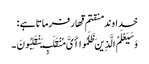
خداوند منقتم قهار فرماتا ہے :
وَسَیَعْلَمُ الَّذِینَ ظَلَمُوا أَیَّ مُنْقَلَبٍ یَنْقَلِبُونَ ۔